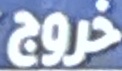
خروج